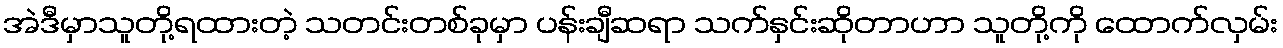
အဲဒီမှာသူတို့ရထားတဲ့ သတင်းတစ်ခုမှာ ပန်းချီဆရာ သက်နှင်းဆိုတာဟာ သူတို့ကို ထောက်လှမ်း